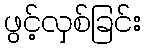
ဖွင့်လှစ်ခြင်း